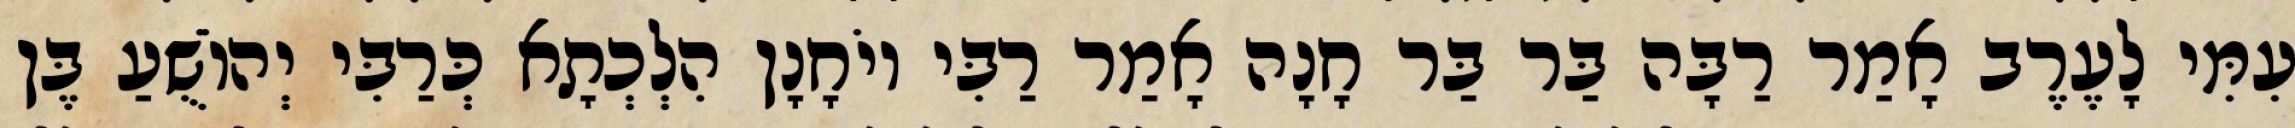
עִמִּי לָעֶרֶב אָמַר רַבָּה בַּר בַּר חָנָה אָמַר רַבִּי יוֹחָנָן הִלְכְתָא כְּרַבִּי יְהוֹשֻׁעַ בֶּן